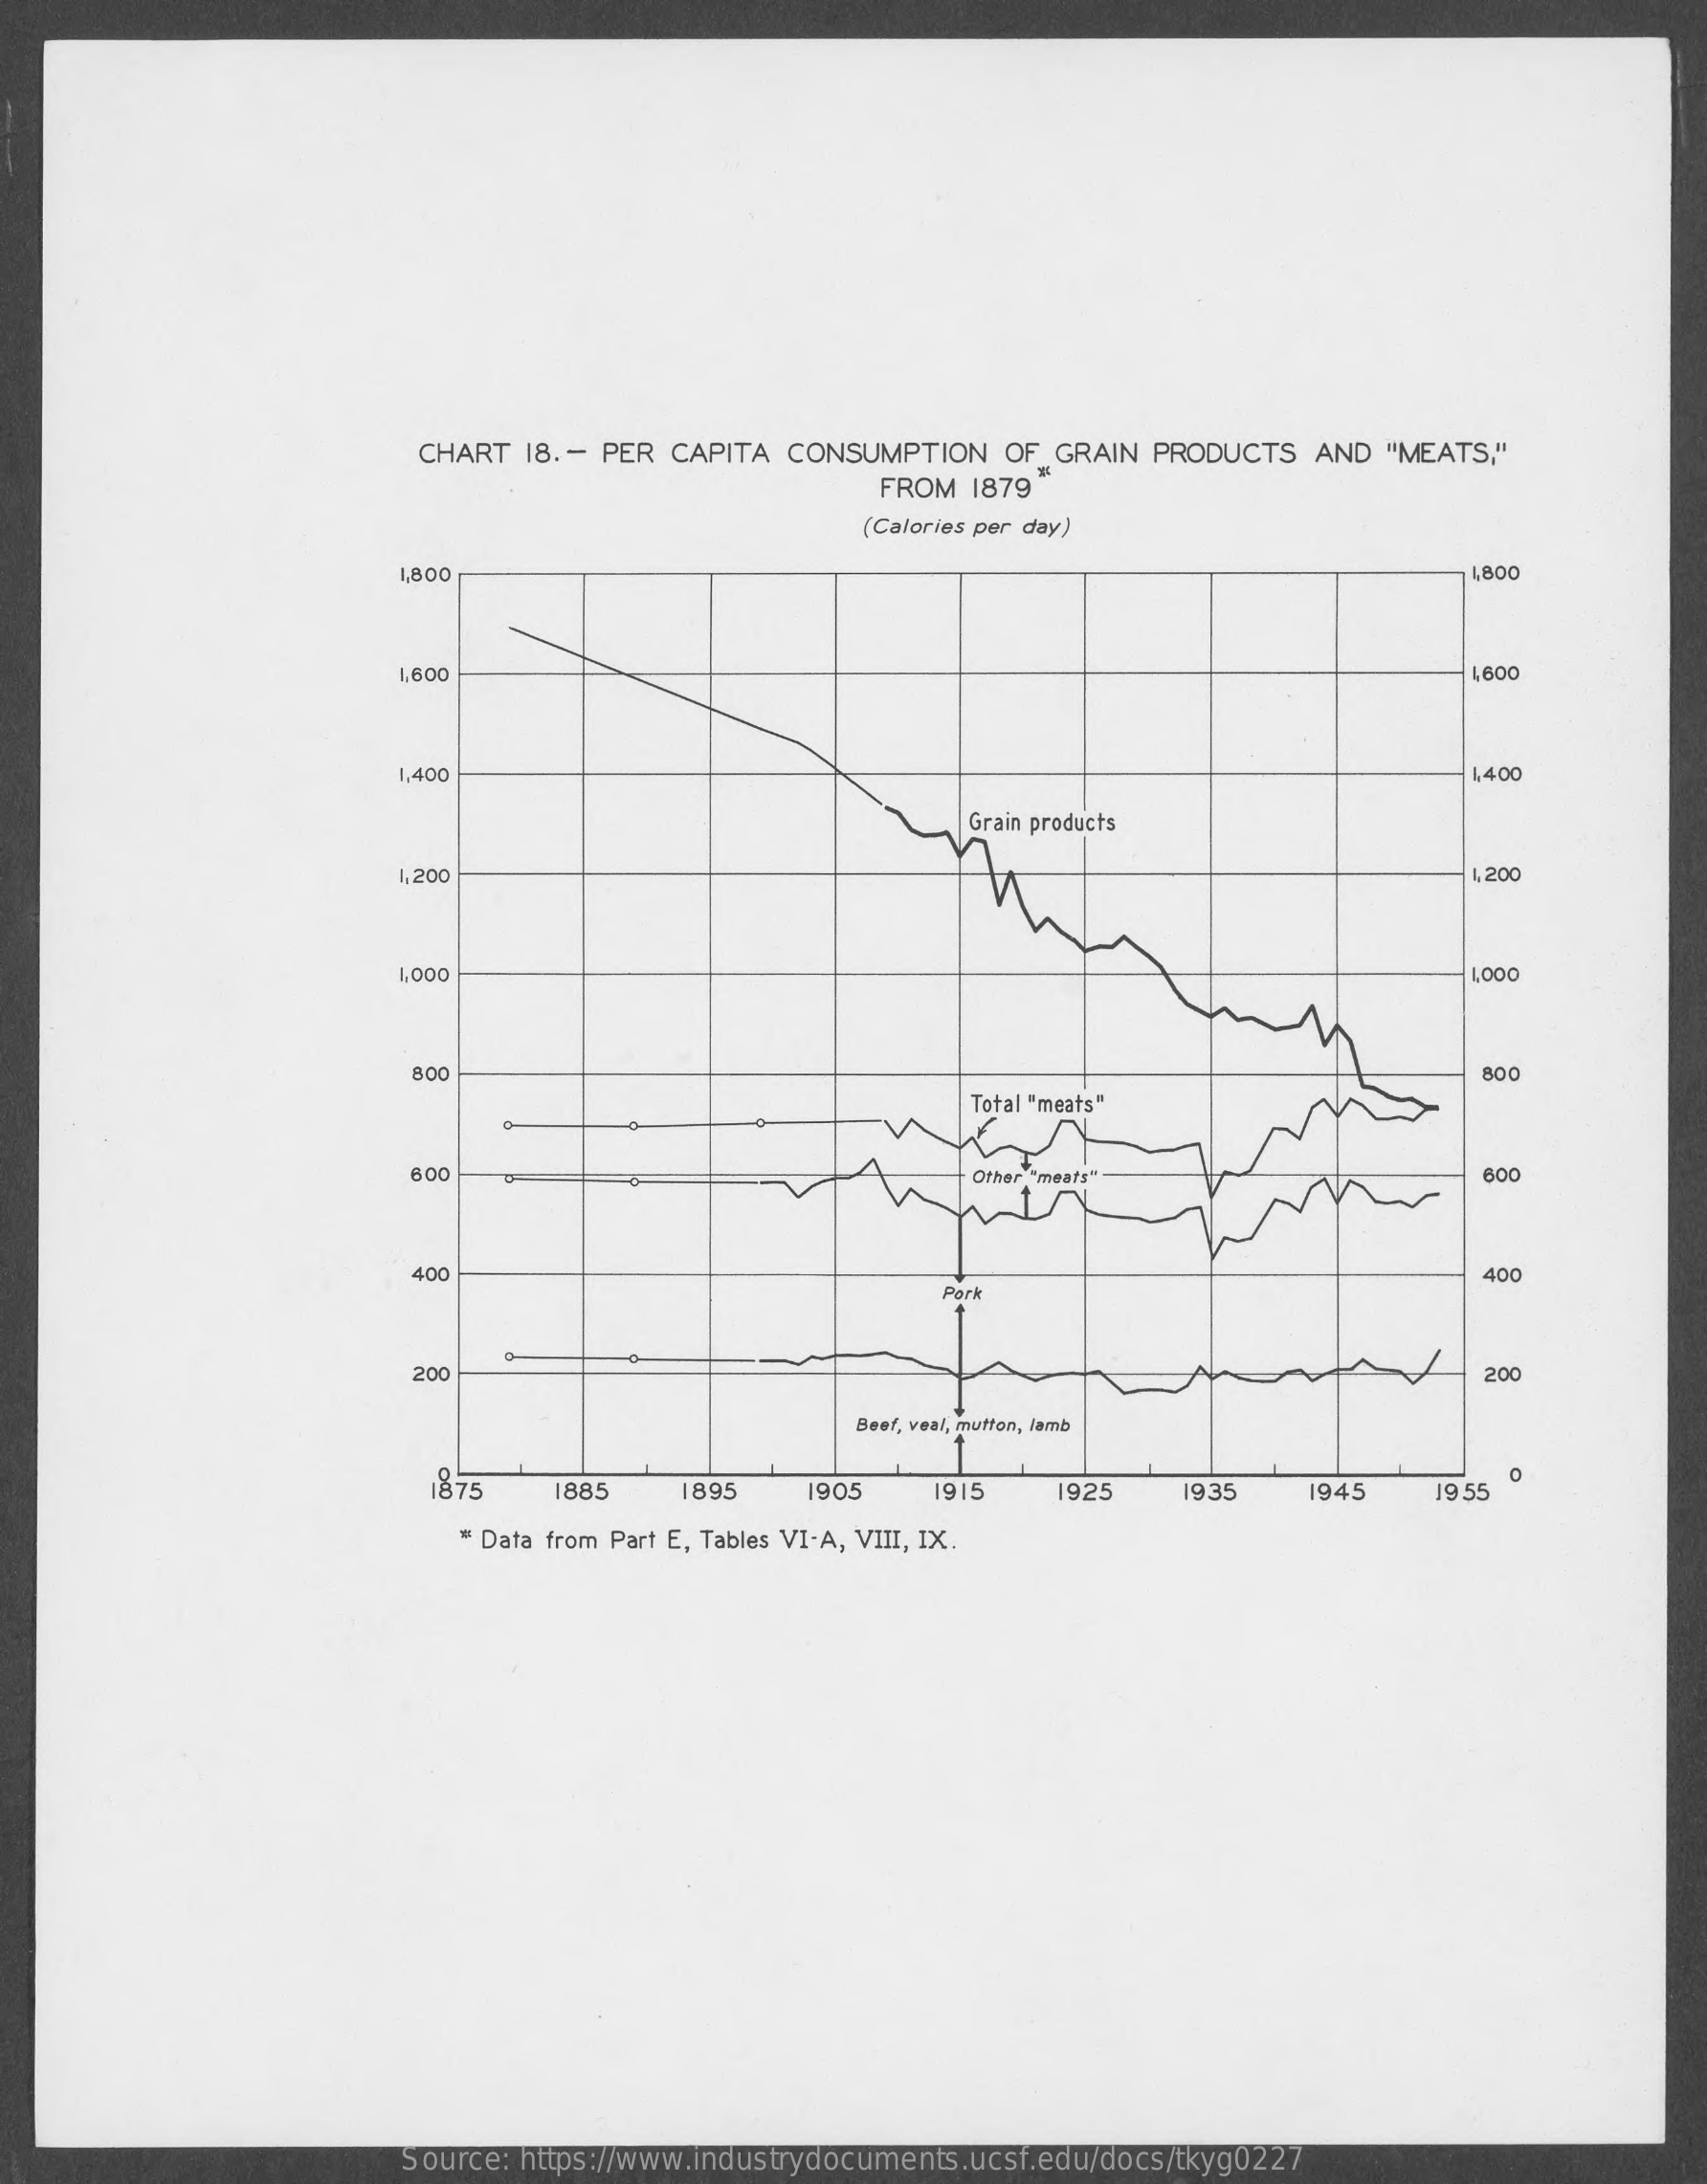
CHART 18. - PER CAPITA  CONSUMPTION   OF GRAIN PRODUCTS   AND  "MEATS,"
     FROM  1879
     (Calories per day)
     1,800    800
     1600    1600
     ,400    1,400
     Grain products
     .200    ,200
     1,000    1000
     800    800
     Total "meats"
     600    Other "meats"    600
     400    400
     Pork
     200    200
     Beef, veal, mutton, Jamb
     1875   1885    1895    1905    915    1925    19.35   1945    19.55
     Data from Part E, Tables VI-A, VIII, IX.
     Source: https://www.industrydocuments.ucsf.edu/docs/tkyg0227